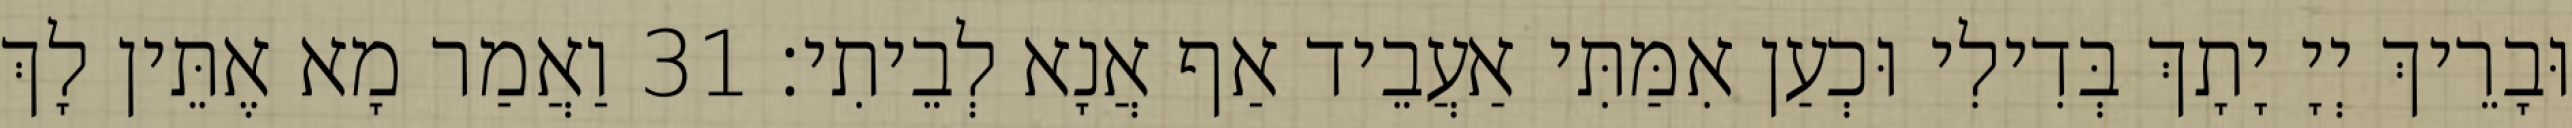
וּבָרֵיךְ יְיָ יָתָךְ בְּדִילִי וּכְעַן אִמַּתִּי אַעֲבֵיד אַף אֲנָא לְבֵיתִי׃ 31 וַאֲמַר מָא אֶתֵּין לָךְ